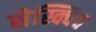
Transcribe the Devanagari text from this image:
सेस्क्विच